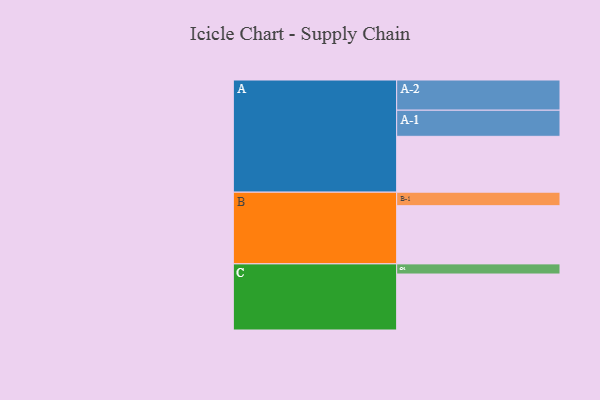
{"axis": {"x": "Segment", "y": "Value"}, "legend": ["", "A", "B", "C"], "data": [{"x": "A", "y": 479, "type": ""}, {"x": "B", "y": 499, "type": ""}, {"x": "C", "y": 480, "type": ""}, {"x": "A-1", "y": 224, "type": "A"}, {"x": "A-2", "y": 259, "type": "A"}, {"x": "B-1", "y": 116, "type": "B"}, {"x": "C-1", "y": 87, "type": "C"}]}